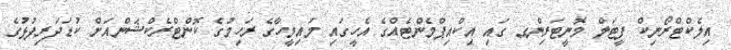
އިލެކްޓްރޯނިކް ފީޓަލް މޮނީޓަރިންގ ގައި އިކްއިޕްމެންޓެއްގެ އެހީގައި މައިމީހާގެ ރަހިމުގެ ކޮންޓްރެކްޝަންއަށް ކުޑަދަރިފުޅުގެ